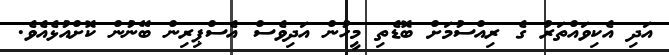
އަދި އެކިވައްތަރު ގެ ރިއްސުމަށް ބޮޑެތި މީހުން އަދިވެސް އެސްޕިރިން ބޭނުން ކޮށްއުޅެއެވެ.